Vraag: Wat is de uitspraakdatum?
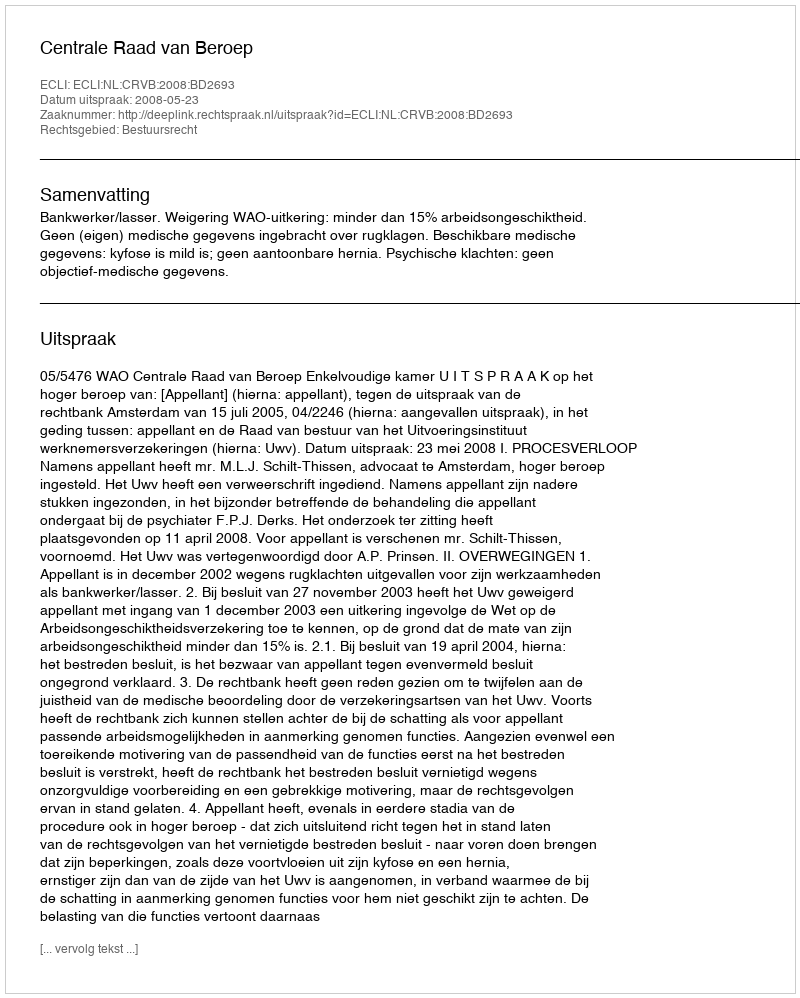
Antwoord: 2008-05-23